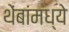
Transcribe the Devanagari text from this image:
थेंबांमध्ये